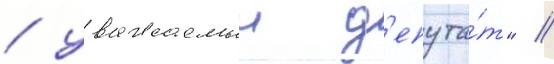
/ уважаемыи д'епута́т" //